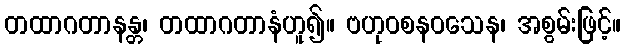
တထာဂတာနန္တ၊ တထာဂတာနံဟူ၍။ ဗဟုဝစနဝသေန၊ အစွမ်းဖြင့်။